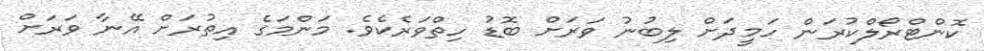
ކޮންޓްރޯލްކުރަން ހަމީދަށް ލިބުނު ވަރަށް ބޮޑު ހިތްވަރެކެވެ. މަންމަގެ އިތުރަށް އޭނާ ވަރަށް